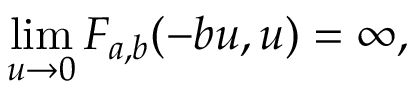
\operatorname* { l i m } _ { u \to 0 } F _ { a , b } ( - b u , u ) = \infty ,